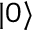
| 0 \rangle